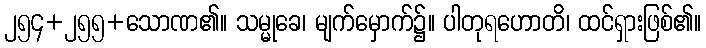
၂၅၄+၂၅၅+သောဏ၏။ သမ္မုခေ၊ မျက်မှောက်၌။ ပါတုရဟောတိ၊ ထင်ရှားဖြစ်၏။